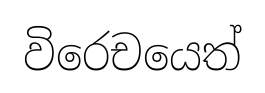
විරෙචයෙත්